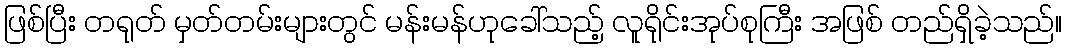
ဖြစ်ပြီး တရုတ် မှတ်တမ်းများတွင် မန်းမန်ဟုခေါ်သည့် လူရိုင်းအုပ်စုကြီး အဖြစ် တည်ရှိခဲ့သည်။